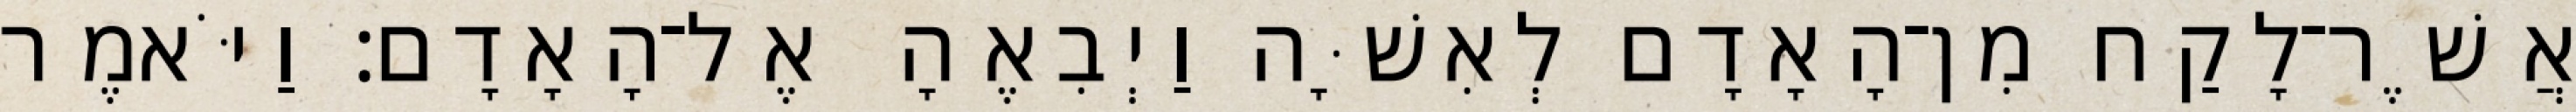
אֲשֶׁר־לָקַח מִן־הָאָדָם לְאִשָּׁה וַיְבִאֶהָ אֶל־הָאָדָם׃ וַיֹּאמֶר